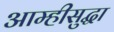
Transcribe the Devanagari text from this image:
आम्हीसुद्धा